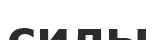
силы